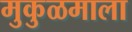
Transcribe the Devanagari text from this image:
मुकुळमाला